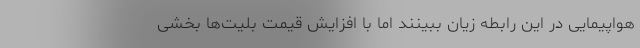
هواپیمایی در این رابطه زیان ببینند اما با افزایش قیمت بلیت‌ها بخشی